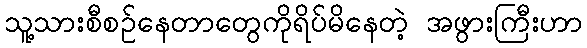
သူ့သားစီစဉ်နေတာတွေကိုရိပ်မိနေတဲ့ အဖွားကြီးဟာ